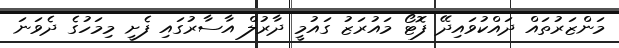
މަންޒަރުތައް ދައްކުވައިދޭ ފޮޓޯ މައުރަޒު ގައުމީ ދާރުލް އާސާރުގައި ފެށީ މިމަހުގެ ދެވަނަ